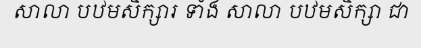
សាលា បឋមសិក្សារ ទាំង សាលា បឋមសិក្សា ជា